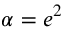
\alpha = { e ^ { 2 } }